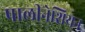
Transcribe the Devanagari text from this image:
पालीनेशियन